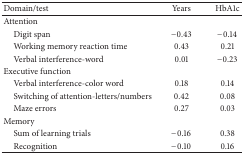
<table><thead><tr><td><b>Domain/test</b></td><td><b>Years</b></td><td><b>HbA1c</b></td></tr></thead><tbody><tr><td>Attention</td><td> </td><td> </td></tr><tr><td> Digit span</td><td>−0.43</td><td>−0.14</td></tr><tr><td> Working memory reaction time</td><td>0.43</td><td>0.21</td></tr><tr><td> Verbal interference-word</td><td>0.01</td><td>−0.23</td></tr><tr><td>Executive function</td><td> </td><td> </td></tr><tr><td> Verbal interference-color word</td><td>0.18</td><td>0.14</td></tr><tr><td> Switching of attention-letters/numbers</td><td>0.42</td><td>0.08</td></tr><tr><td> Maze errors</td><td>0.27</td><td>0.03</td></tr><tr><td>Memory</td><td> </td><td> </td></tr><tr><td> Sum of learning trials</td><td>−0.16</td><td>0.38</td></tr><tr><td> Recognition</td><td>−0.10</td><td>0.16</td></tr></tbody></table>